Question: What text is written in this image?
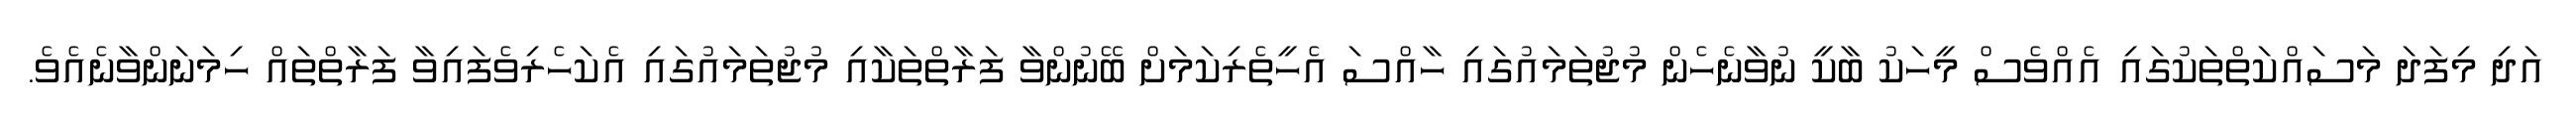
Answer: އަދި މިފަދަ މަސައްކަތްތަކުގައި އެއްވެސް މީހަކު ބާކީ ނުވާނެހެން މުޖުތަމައުގައި ހާއްސަ އެހީތެރިކަމަށް ބޭނުންވާ ފަރާތްތަކާއި މުޖުތަމައުގައި އެކަހެރިވެފައިވާ ފަރާތްތައް ހިމަނަންވާނެއެވެ.